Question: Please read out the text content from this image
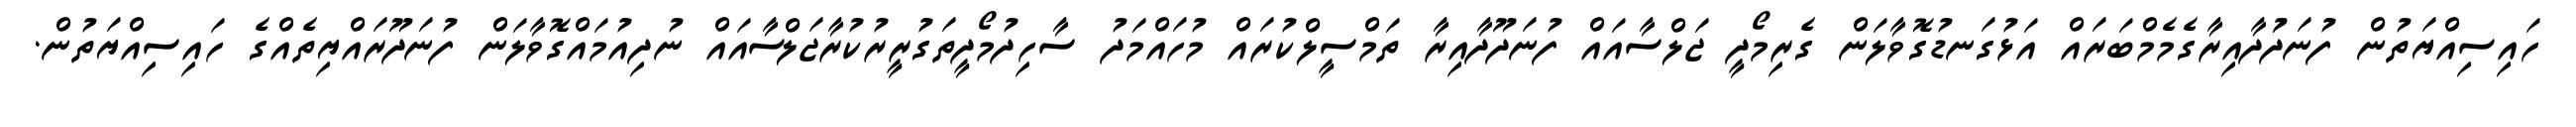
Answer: ހައިސިއްޔަތުން ފުނަދަުދާއިރާގެމެމްބަރައް އަޅުގަނޑުގޮވާލަން ގެރިމޯދީ ޖަލްސާއައް ފުނަދޫދާއިރާ ތަމްސީލްކުރައް މުހައްމަދު ސާހިދުމޯދީތަގުރީރުކުރާޖަލްސާއައް ނުދިއުމައްގޮވާލަން ފުނަދޫރައްޔިތެއްގެ ހައިސިއްޔަތުން.